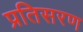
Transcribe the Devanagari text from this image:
प्रतिसरण